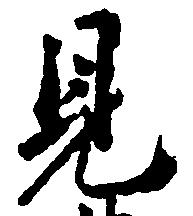
見